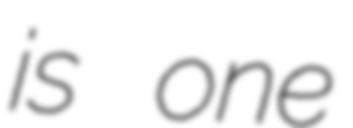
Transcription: is one